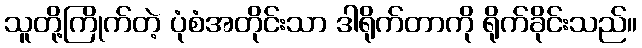
သူတို့ကြိုက်တဲ့ ပုံစံအတိုင်းသာ ဒါရိုက်တာကို ရိုက်ခိုင်းသည်။